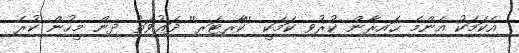
އެކަމަކު އެންމެ ޙައިރާން ކުރުވި ކަމަކީ ''ކާރޓަރ'' ދަޢުވަތު ދިން މީހުން ކުރެ